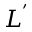
L ^ { ' }